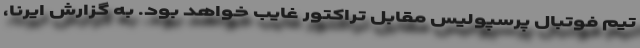
تیم فوتبال پرسپولیس مقابل تراکتور غایب خواهد بود. به گزارش ایرنا،